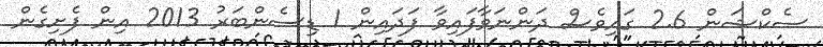
ސެކްޝަން 2.6 ގައިވެސް ދަންނަވާފައިވާ ފަދައިން 1 ޑިސެންބަރު 2013 އިން ފެށިގެން